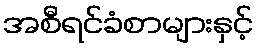
အစီရင်ခံစာများနှင့်